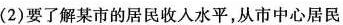
(2)要了解某市的居民收入水平，从市中心居民